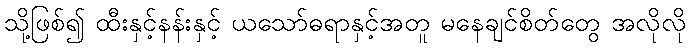
သို့ဖြစ်၍ ထီးနှင့်နန်းနှင့် ယသော်ဓရာနှင့်အတူ မနေချင်စိတ်တွေ အလိုလို